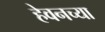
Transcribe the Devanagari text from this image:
हेवनच्या